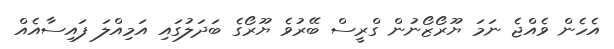
އެހެން ވެއްޖެ ނަމަ ޔޫރޯޒޯނުން ގްރީސް ބޭރުވެ ޔޫރޯގެ ބަދަލުގައި އަމިއްލަ ފައިސާއެއް